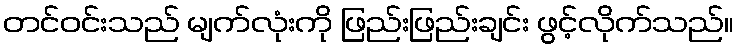
တင်ဝင်းသည် မျက်လုံးကို ဖြည်းဖြည်းချင်း ဖွင့်လိုက်သည်။